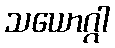
သယောဂ္ဂါ